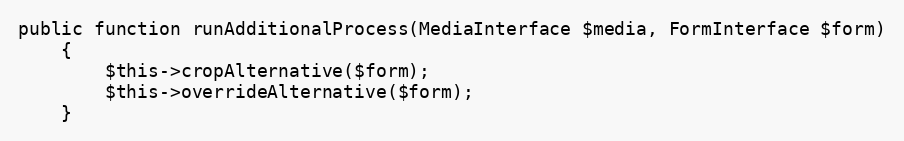
Language: PHP
public function runAdditionalProcess(MediaInterface $media, FormInterface $form)
    {
        $this->cropAlternative($form);
        $this->overrideAlternative($form);
    }